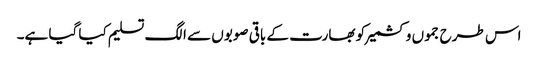
اس طرح جموں وکشمیر کو بھارت کے باقی صوبوں سے الگ تسلیم کیا گیا ہے۔